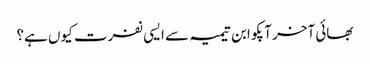
بھائی آخر آپکو ابن تیمیہ سے ایسی نفرت کیوں ہے؟